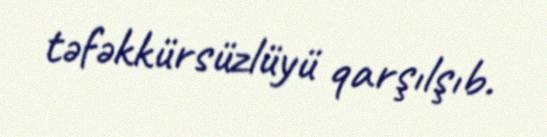
təfəkkürsüzlüyü qarşılşıb.